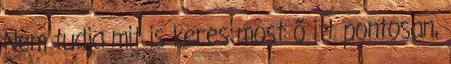
Nem tudja mit is keres most ő itt pontosan,